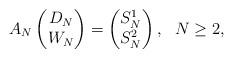
LaTeX: \begin{align*}A_N\begin{pmatrix} D_{N} \\ W_N \end{pmatrix} = \begin{pmatrix} S^1_{N} \\ S^2_N \end{pmatrix}, \ \ N\ge 2,\end{align*}